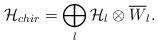
LaTeX: \begin{align*}{\cal H}_{chir} = \bigoplus_{l} {\cal H}_{l} \otimes\overline{W}_{l}.\end{align*}